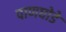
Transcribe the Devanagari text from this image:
पाणघोडे